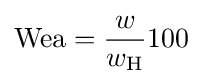
\mathrm {Wea} ={\frac {w}{w_{\mathrm {H} }}}100